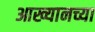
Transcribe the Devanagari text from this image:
आख्यानच्या